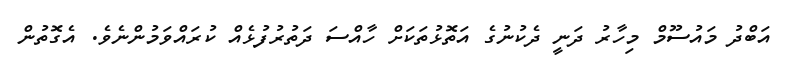
އަބްދު މައުސޫމް މިހާރު ދަނީ ދެކުނުގެ އަތޮޅުތަކަށް ހާއްސަ ދަތުރުފުޅެއް ކުރައްވަމުންނެވެ. އެގޮތުން